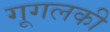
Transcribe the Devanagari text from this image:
गूगलकी